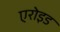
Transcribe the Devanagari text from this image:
एरोइड